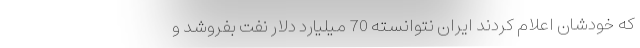
که خودشان اعلام کردند ایران نتوانسته 70 میلیارد دلار نفت بفروشد و